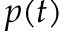
p ( t )